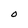
Character: O